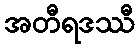
အတီရဒဿီ